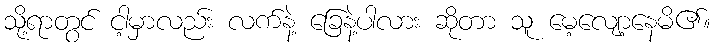
သို့ရာတွင် ငါ့မှာလည်း လက်နဲ့ ခြေနဲ့ပါလား ဆိုတာ သူ မေ့လျော့နေမိ၏။